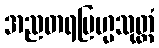
အညတရဗြဟ္မသုတ္တံ